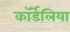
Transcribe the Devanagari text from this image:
कॉर्डेलिया